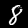
Label: 8